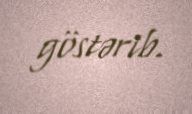
göstərib.